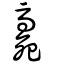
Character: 𣨻